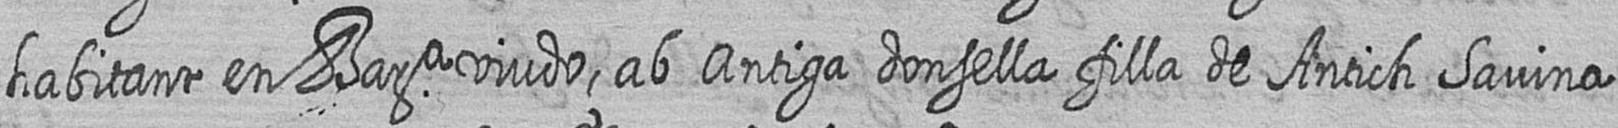
habitant en Bara viudo ab Antiga donsella filla de Antich Savina